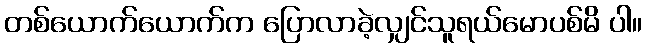
တစ်ယောက်ယောက်က ပြောလာခဲ့လျှင်သူရယ်မောပစ်မိ ပါ။